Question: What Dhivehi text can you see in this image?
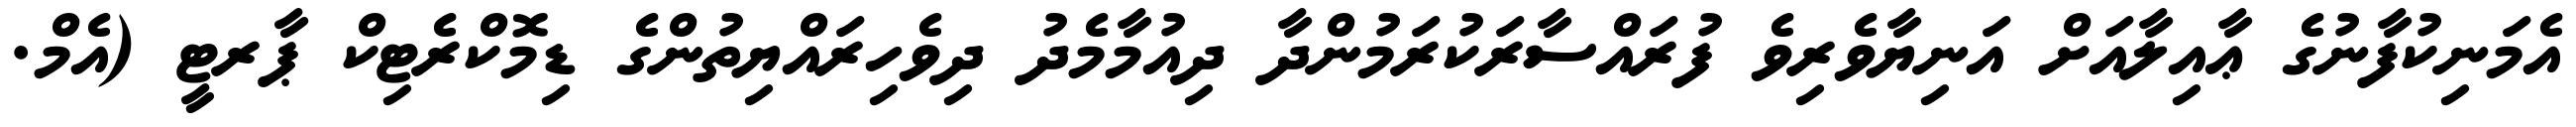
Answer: އެމަނިކުފާނުގެ ޢާއިލާއަށް އަނިޔާވެރިވެ ފުރައްސާރަކުރަމުންދާ ދިއުމާމެދު ދިވެހިރައްޔިތުންގެ ޑިމޮކްރެޓިކް ޕާރޓީ (އެމް.